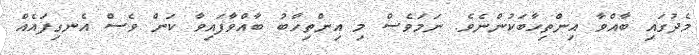
މެދުގައި ބާއްވާ އިންތިހާބަކުންނެވެ. ނަމަވެސް މި އިންތިހާބު ބާއްވާފައިވާ ކަން ވެސް އެނގިފައެއް